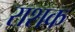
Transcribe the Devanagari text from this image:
राशक